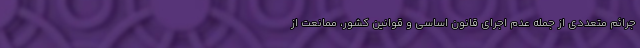
جرائم متعددی از جمله عدم اجرای قانون اساسی و قوانین کشور، ممانعت از